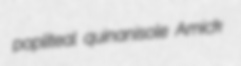
popliteal quinanisole Amick